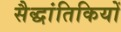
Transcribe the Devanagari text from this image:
सैद्धांतिकियों